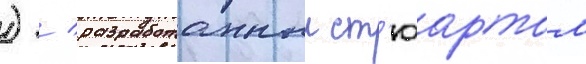
) / разработанныи ст'юартом